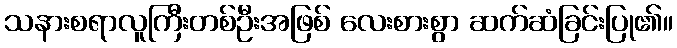
သနားစရာလူကြီးတစ်ဦးအဖြစ် လေးစားစွာ ဆက်ဆံခြင်းပြု၏။